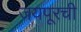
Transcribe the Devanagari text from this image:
जयपूरची